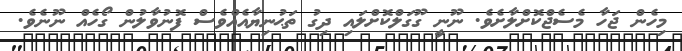
މިހެން ޖަހާ މެސެޖްކޮށްލާށެވެ. ނޫނީ ގޫގަލްކޮށްލައި ދިގު ތަޙުނިޔާއެއްވެސް ފޮނުވާލުން ގޯހެއް ނޫނެވެ.